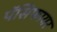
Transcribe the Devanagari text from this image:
पॅसिफायर